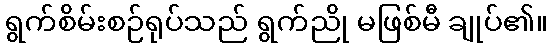
ရွက်စိမ်းစဉ်ရုပ်သည် ရွက်ညို မဖြစ်မီ ချုပ်၏။